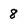
Character: 8